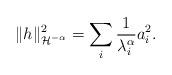
LaTeX: \begin{align*} \| h \|^2_{\mathcal{H}^{-\alpha}} = \sum_{i} \frac1{\lambda_i^{\alpha}}{a_i^2}.\end{align*}